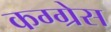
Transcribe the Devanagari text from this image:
कग्ग्रेस